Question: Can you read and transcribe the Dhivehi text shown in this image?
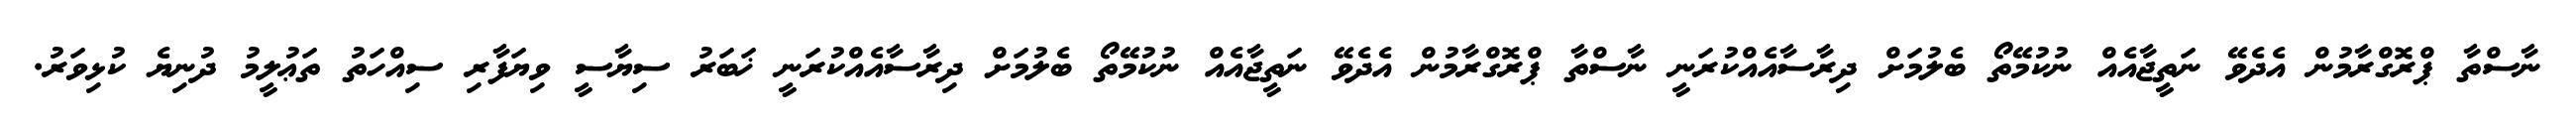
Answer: ނާސްތާ ޕްރޮގްރާމުން އެދެވޭ ނަތީޖާއެއް ނުކުމޭތޯ ބެލުމަށް ދިރާސާއެއްކުރަނީ ނާސްތާ ޕްރޮގްރާމުން އެދެވޭ ނަތީޖާއެއް ނުކުމޭތޯ ބެލުމަށް ދިރާސާއެއްކުރަނީ ޚަބަރު ސިޔާސީ ވިޔަފާރި ސިއްހަތު ތަޢުލީމު ދުނިޔެ ކުޅިވަރު.